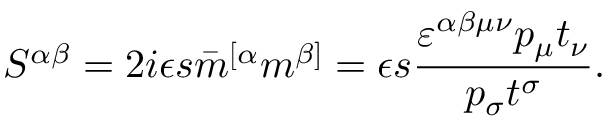
S ^ { \alpha \beta } = 2 i \epsilon s \bar { m } ^ { [ \alpha } m ^ { \beta ] } = \epsilon s \frac { \varepsilon ^ { \alpha \beta \mu \nu } p _ { \mu } t _ { \nu } } { p _ { \sigma } t ^ { \sigma } } .